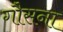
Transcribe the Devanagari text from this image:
गौसना